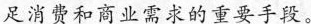
足消费和商业需求的重要手段。